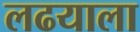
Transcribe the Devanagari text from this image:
लढयाला